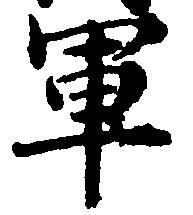
軍